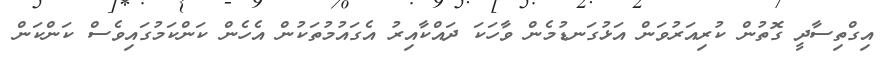
އިގްތިސާދީ ގޮތުން ކުރިއަރުވަން އަޅުގަނޑުމެން ވާހަކަ ދައްކާއިރު އެގައުމުތަކުން އެހެން ކަންކަމުގައިވެސް ކަންކަން